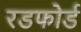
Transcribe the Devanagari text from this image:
रडफोर्ड